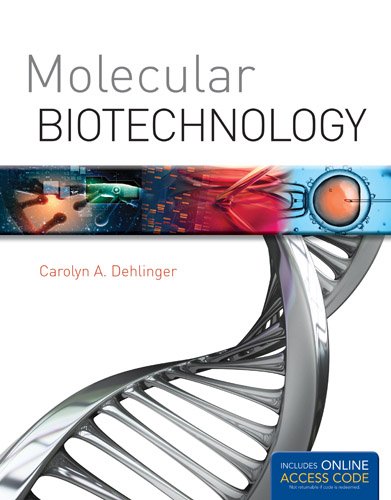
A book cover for Molecular Biotechnology; Carolyn A. Dehlinger; Computers & Technology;